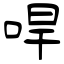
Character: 哻